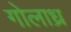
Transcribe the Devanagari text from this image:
गोलाध्र